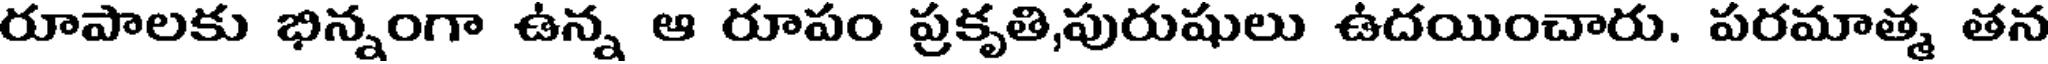
రూపాలకు భిన్నంగా ఉన్న ఆ రూపం ప్రకృతి,పురుషులు ఉదయించారు. పరమాత్మ తన